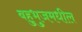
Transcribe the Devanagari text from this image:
बहुभुजमधील